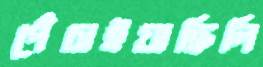
পেঁচাইয়াছিলি